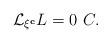
LaTeX: \begin{align*}\mathcal{L}_{\xi ^{\mathbf{c}}}L=0~C. \end{align*}